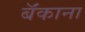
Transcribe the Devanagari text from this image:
बॅंकाना